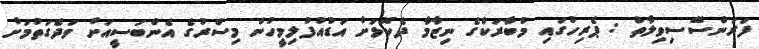
ފަރަންސޭސިވިލާތް : ޕެރިހުގައި މުބާރަކްގެ ނިޒާމާ ދެކޮޅަށް އަޑުއުފުލިމީހުން މިސްރުގެ އެންބަސީއަށް ވަދެގަތުމަށް